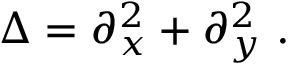
\Delta = \partial _ { x } ^ { 2 } + \partial _ { y } ^ { 2 } \ .